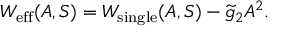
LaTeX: W _ { \mathrm { e f f } } ( A , S ) = { { W } } _ { \mathrm { s i n g l e } } ( A , S ) - \widetilde { g } _ { 2 } A ^ { 2 } .